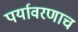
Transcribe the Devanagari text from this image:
पर्यावरणाच